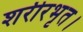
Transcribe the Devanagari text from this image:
शरीरभृत।